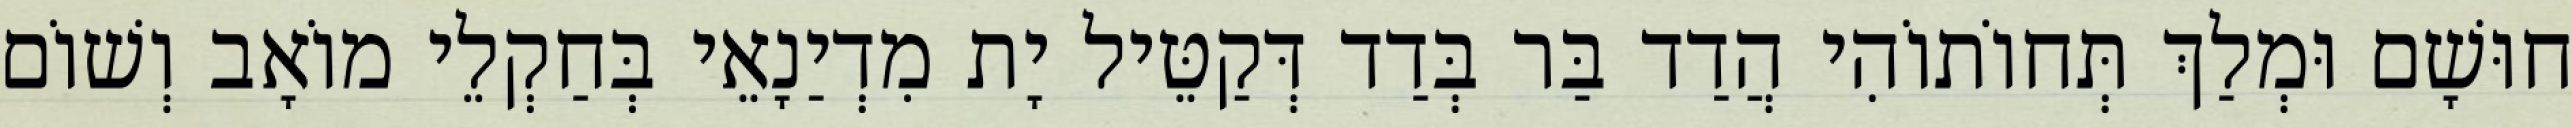
חוּשָׁם וּמְלַךְ תְּחוֹתוֹהִי הֲדַד בַּר בְּדַד דְּקַטֵּיל יָת מִדְיַנָאֵי בְּחַקְלֵי מוֹאָב וְשׁוֹם